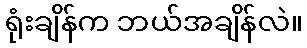
ရုံးချိန်က ဘယ်အချိန်လဲ။